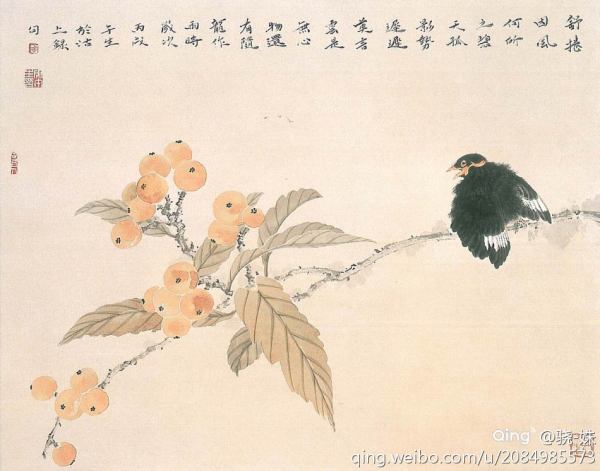
换我心，为你心，始知相忆深。